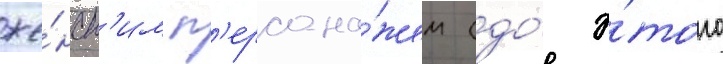
же́нск'им п'ерсона́жем (до́ э́того